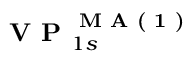
\textbf { V P } _ { 1 s } ^ { \textbf { M A ( 1 ) } }